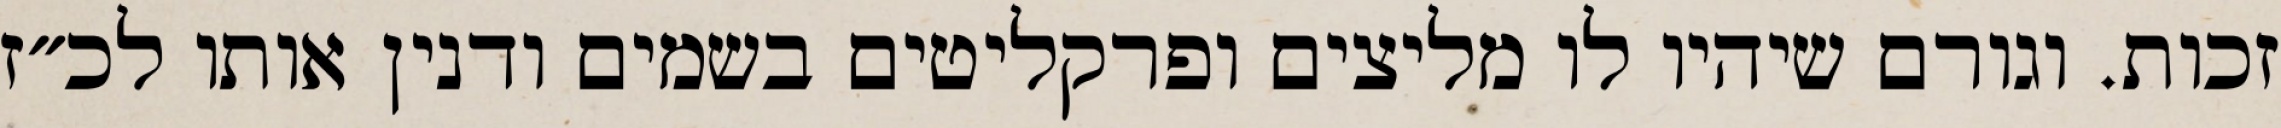
זכות. וגורם שיהיו לו מליצים ופרקליטים בשמים ודנין אותו לכ״ז